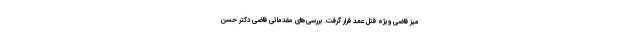
میز قاضی ویژه قتل عمد قرار گرفت. بررسی‌های مقدماتی قاضی دکتر حسن